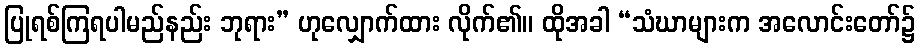
ပြုရစ်ကြရပါမည်နည်း ဘုရား” ဟုလျှောက်ထား လိုက်၏။ ထိုအခါ “သံဃာများက အလောင်းတော်၌